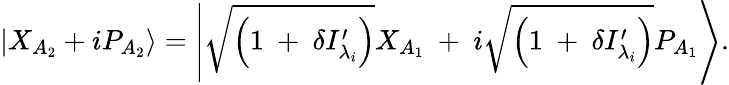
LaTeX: \left|{X}_{A_{2}}+i{P}_{A_{2}}\right\rangle=\left|\sqrt{\left(1\mathrm{~+~}\delta{{I}_{{\lambda_{i}}}^{\prime}}\right)}{{X}_{A_{1}}}\mathrm{~+~}i\sqrt{\left(1\mathrm{~+~}\delta{{I}_{{\lambda_{i}}}^{\prime}}\right)}{{P}_{A_{1}}}\right\rangle.